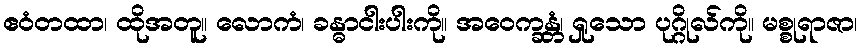
ဧဝံတထာ၊ ထိုအတူ။ လောကံ၊ ခန္ဓာငါးပါးကို။ အဝေက္ခန္တံ၊ ရှုသော ပုဂ္ဂိုလ်ကို။ မစ္စုရာဇာ၊